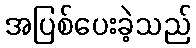
အပြစ်ပေးခဲ့သည်